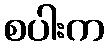
စပါးက